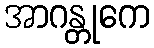
အာဂန္တုကေ